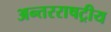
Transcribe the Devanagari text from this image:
अन्तरराषट्रीय